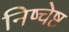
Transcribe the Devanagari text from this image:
निष्चेष्ट